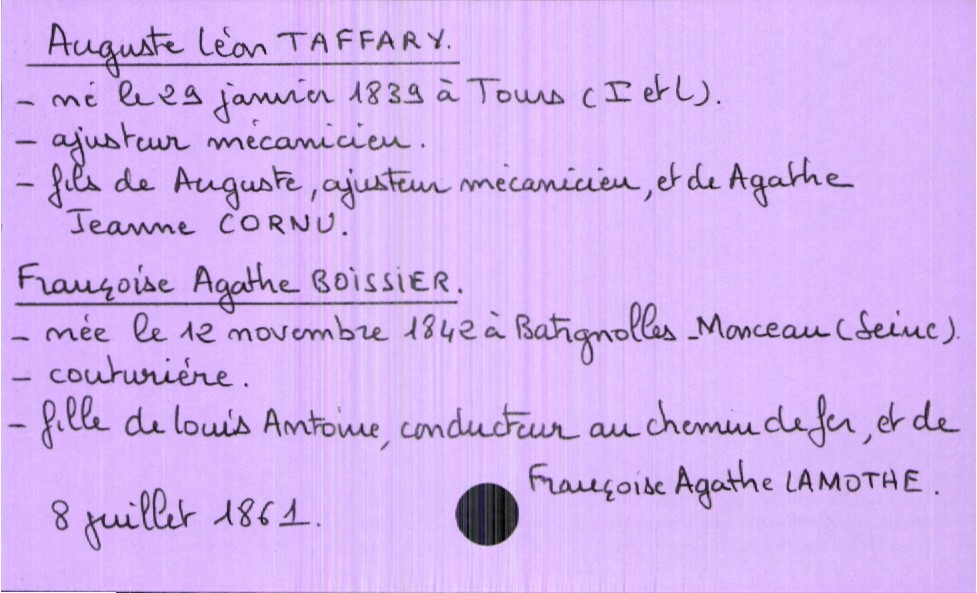
type_acte: Mariage
année: 1861
mois: juillet
jour: 8
marié_nom: Taffary
marié_prénom: Auguste Léon
marié_profession: ajusteur mécanicien
marié_date_de_naissance: 29 janvier 1839
marié_lieu_de_naissance: Tours (Indre et Loire)
père_marié_nom: Taffary
père_marié_prénom: Auguste
père_marié_profession: ajusteur mécanicien
mère_marié_nom: Cornu
mère_marié_prénom: Agathe Jeanne
mariée_nom: Boissier
mariée_prénom: Françoise Agathe
mariée_profession: couturière
mariée_date_de_naissance: 12 novembre 1842
mariée_lieu_de_naissance: Batignolles-Monceau (Seine)
père_mariée_nom: Boissier
père_mariée_prénom: Louis Antoine
père_mariée_profession: conducteur au chemin de fer
mère_mariée_nom: Lamothe
mère_mariée_prénom: Françoise Agathe